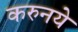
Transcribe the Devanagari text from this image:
करुनये